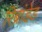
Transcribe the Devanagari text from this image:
रिब्रांडेड